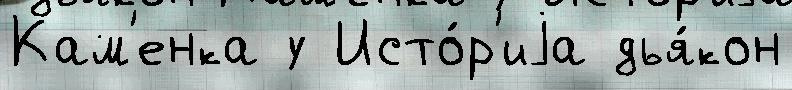
Кам'енка у Исто́р'иjа дья́кон